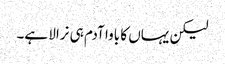
لیکن یہاں کا باوا آدم ہی نرالا ہے۔